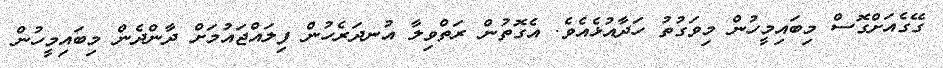
ގޭގެއަށްގޮސް މިބައިމީހުން މިވަގުތު ހަދާއުޅެއެވެ. އެގޮތުން ރަތްވިލާ އުނދަރެހުން ފިލައްޖައުމަށް ދާންދެން މިބައިމީހުން